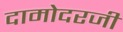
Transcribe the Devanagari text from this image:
दामोदरजी